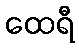
ထေရီ